Lunatic asylums United Provinces 1909-1921 - 1909-1921
Year: 1909
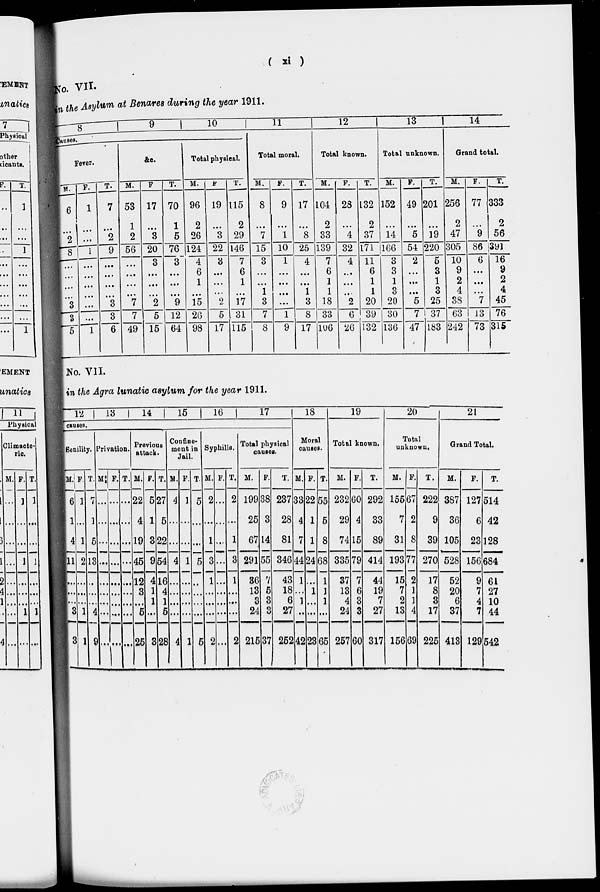
(
xi
)
No. VII.
in the Asylum at Benares during the year 1911.
8
Causes.
Fever.
M.
6
...
2
8
...
...
...
...
3
3
5
F.
1
...
...
1
...
...
...
...
...
...
1
T.
7
...
2
9
...
...
...
...
3
3
6
9
&c.
M.
53
1
2
56
...
...
...
...
7
7
49
F.
17
...
3
20
3
...
...
...
2
5
15
T.
70
1
5
76
3
...
...
...
9
12
64
10
Total physical.
M.
96
2
26
124
4
6
1
...
15
26
98
F.
19
...
3
22
3
...
...
...
2
5
17
T.
115
2
29
146
7
6
1
...
17
31
115
11
Total moral.
M.
8
...
7
15
3
...
...
1
3
7
8
F.
9
...
1
10
1
...
...
...
...
1
9
T.
17
...
8
25
4
...
...
1
3
8
17
12
Total known.
M.
104
2
33
139
7
6
1
1
18
33
106
F.
28
...
4
32
4
...
...
...
2
6
26
T.
132
2
37
171
11
6
1
1
20
39
132
13
Total unknown.
M.
152
...
14
166
3
3
1
3
20
30
136
F.
49
...
5
54
2
...
...
...
5
7
47
T.
201
...
19
220
5
3
1
3
25
37
183
14
Grand total.
M.
256
2
47
305
10
9
2
4
38
63
242
F.
77
...
9
86
6
...
...
...
7
13
73
T.
333
2
56
391
16
9
2
4
45
76
315
No. VII.
in the Agra lunatic asylum for the year 1911.
12
13
14
15
16
17
causes.
Senility.
M.
6
1
4
11
...
...
...
3
8
F.
1
...
1
2
...
...
...
1
1
T.
7
1
5
13
...
...
...
4
9
Privation.
M.
...
...
...
...
...
...
...
...
...
F.
...
...
...
...
...
...
...
...
...
T.
...
...
...
...
...
...
...
...
...
Previous
attack.
M.
22
4
19
45
12
3
...
5
25
F.
5
1
3
9
4
1
1
...
3
T.
27
5
22
54
16
4
1
5
28
Confine-
ment in
Jail.
M.
4
...
...
4
...
...
...
...
4
F.
1
...
...
1
...
...
...
...
1
T.
5
...
...
5
...
...
...
...
5
Syphilis.
M.
2
...
1
3
1
...
...
...
2
F.
...
...
...
...
...
...
...
...
...
T.
2
...
1
3
1
...
...
...
2
Total physical
causes.
M.
199
25
67
291
36
13
3
24
215
F.
38
3
14
55
7
5
3
3
37
T.
237
28
81
346
43
18
6
27
252
18
Moral
causes.
M.
33
4
7
44
1
...
1
...
42
F.
22
1
1
24
...
1
...
...
23
T.
55
5
8
68
1
1
1
...
65
19
Total known.
M.
232
29
74
335
37
13
4
24
257
F.
60
4
15
79
7
6
3
3
60
T.
292
33
89
414
44
19
7
27
317
20
Total
unknown.
M.
155
7
31
193
15
7
2
13
156
F.
67
2
8
77
2
1
1
4
69
T.
222
9
39
270
17
8
3
17
225
21
Grand Total.
M.
387
36
105
528
52
20
6
37
413
F.
127
6
23
156
9
7
4
7
129
T.
514
42
128
684
61
27
10
44
542